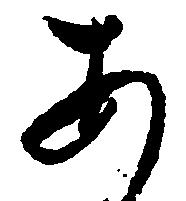
あ